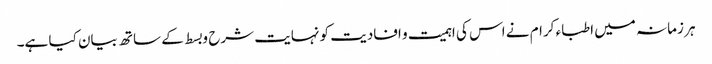
ہر زمانہ میں اطباء کرام نے اس کی اہمیت و افادیت کو نہایت شرح و بسط کے ساتھ بیان کیا ہے۔